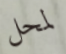
لمحل